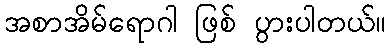
အစာအိမ်ရောဂါ ဖြစ် ပွားပါတယ်။